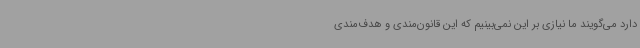
دارد می‌گویند ما نیازی بر این نمی‌بینیم که این قانون‌مندی و هدف‌مندی